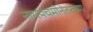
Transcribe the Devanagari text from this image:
नागपंचमीनंतरच्या